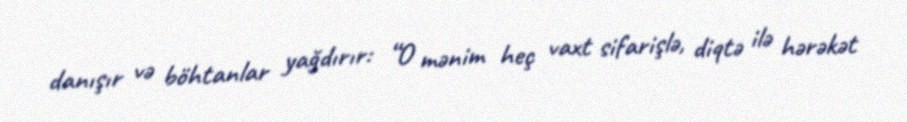
danışır və böhtanlar yağdırır: “O mənim heç vaxt sifarişlə, diqtə ilə hərəkət